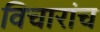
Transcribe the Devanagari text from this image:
विचारांच